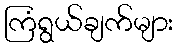
ကြံရွယ်ချက်များ